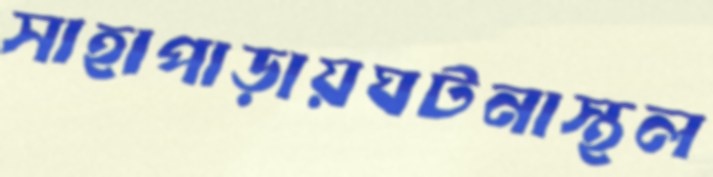
সাহাপাড়ায়ঘটনাস্থল